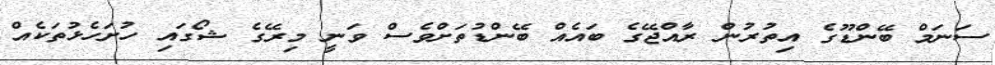
ސަނަމް ބޭންޑޫގެ އިތުރުން ރާއްޖޭގެ ބައެއް ބޭންޑުތަށްވެސް ވަނީ މިރޭގެ ޝޯގައި ހުށަހެޅުތަކެއް